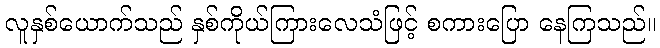
လူနှစ်ယောက်သည် နှစ်ကိုယ်ကြားလေသံဖြင့် စကားပြော နေကြသည်။